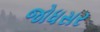
જોધસર